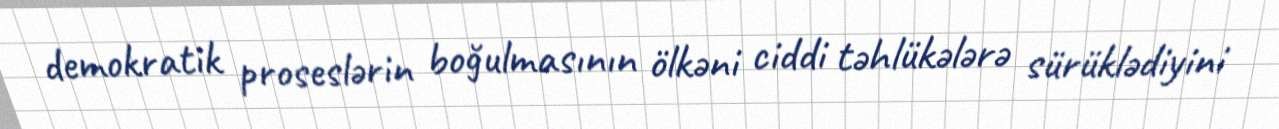
demokratik proseslərin boğulmasının ölkəni ciddi təhlükələrə sürüklədiyini